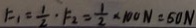
F _ { 1 } = \frac { 1 } { 2 } \cdot F _ { 2 } = \frac { 1 } { 2 } \times 1 0 0 N = 5 0 N